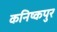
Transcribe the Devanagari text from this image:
कनिष्कपुर